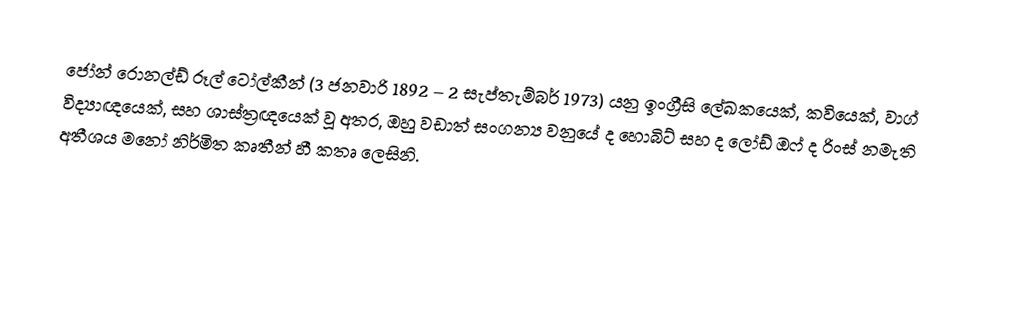
ජෝන් රොනල්ඩ් රූල් ටෝල්කීන්  (3 ජනවාරි 1892 – 2 සැප්තැම්බර් 1973) යනු ඉංග්‍රීසි ලේඛකයෙක්, කවියෙක්,  වාග් විද්‍යාඥයෙක්, සහ ශාස්ත්‍රඥයෙක් වූ අතර, ඔහු වඩාත් සංගන්‍ය වනුයේ  ද හොබිට් සහ ද ලෝඩ් ඔෆ් ද රිංස් නමැති  අතීශය මනෝ නිර්මිත කෘතීන් හී කතෘ ලෙසිනි.